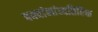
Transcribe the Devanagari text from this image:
पक्वांनांव्यतिरिक्त